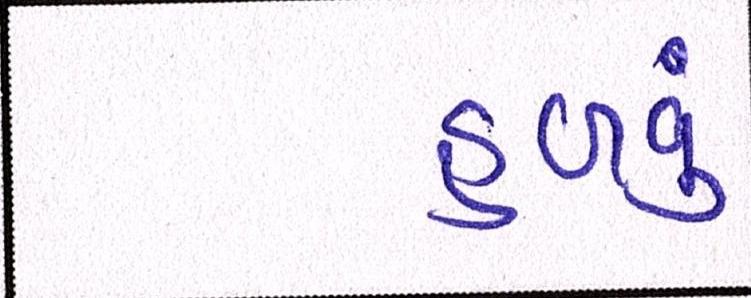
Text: હળવું